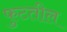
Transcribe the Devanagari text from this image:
फुटतील